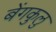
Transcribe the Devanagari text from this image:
बेंगकुलु